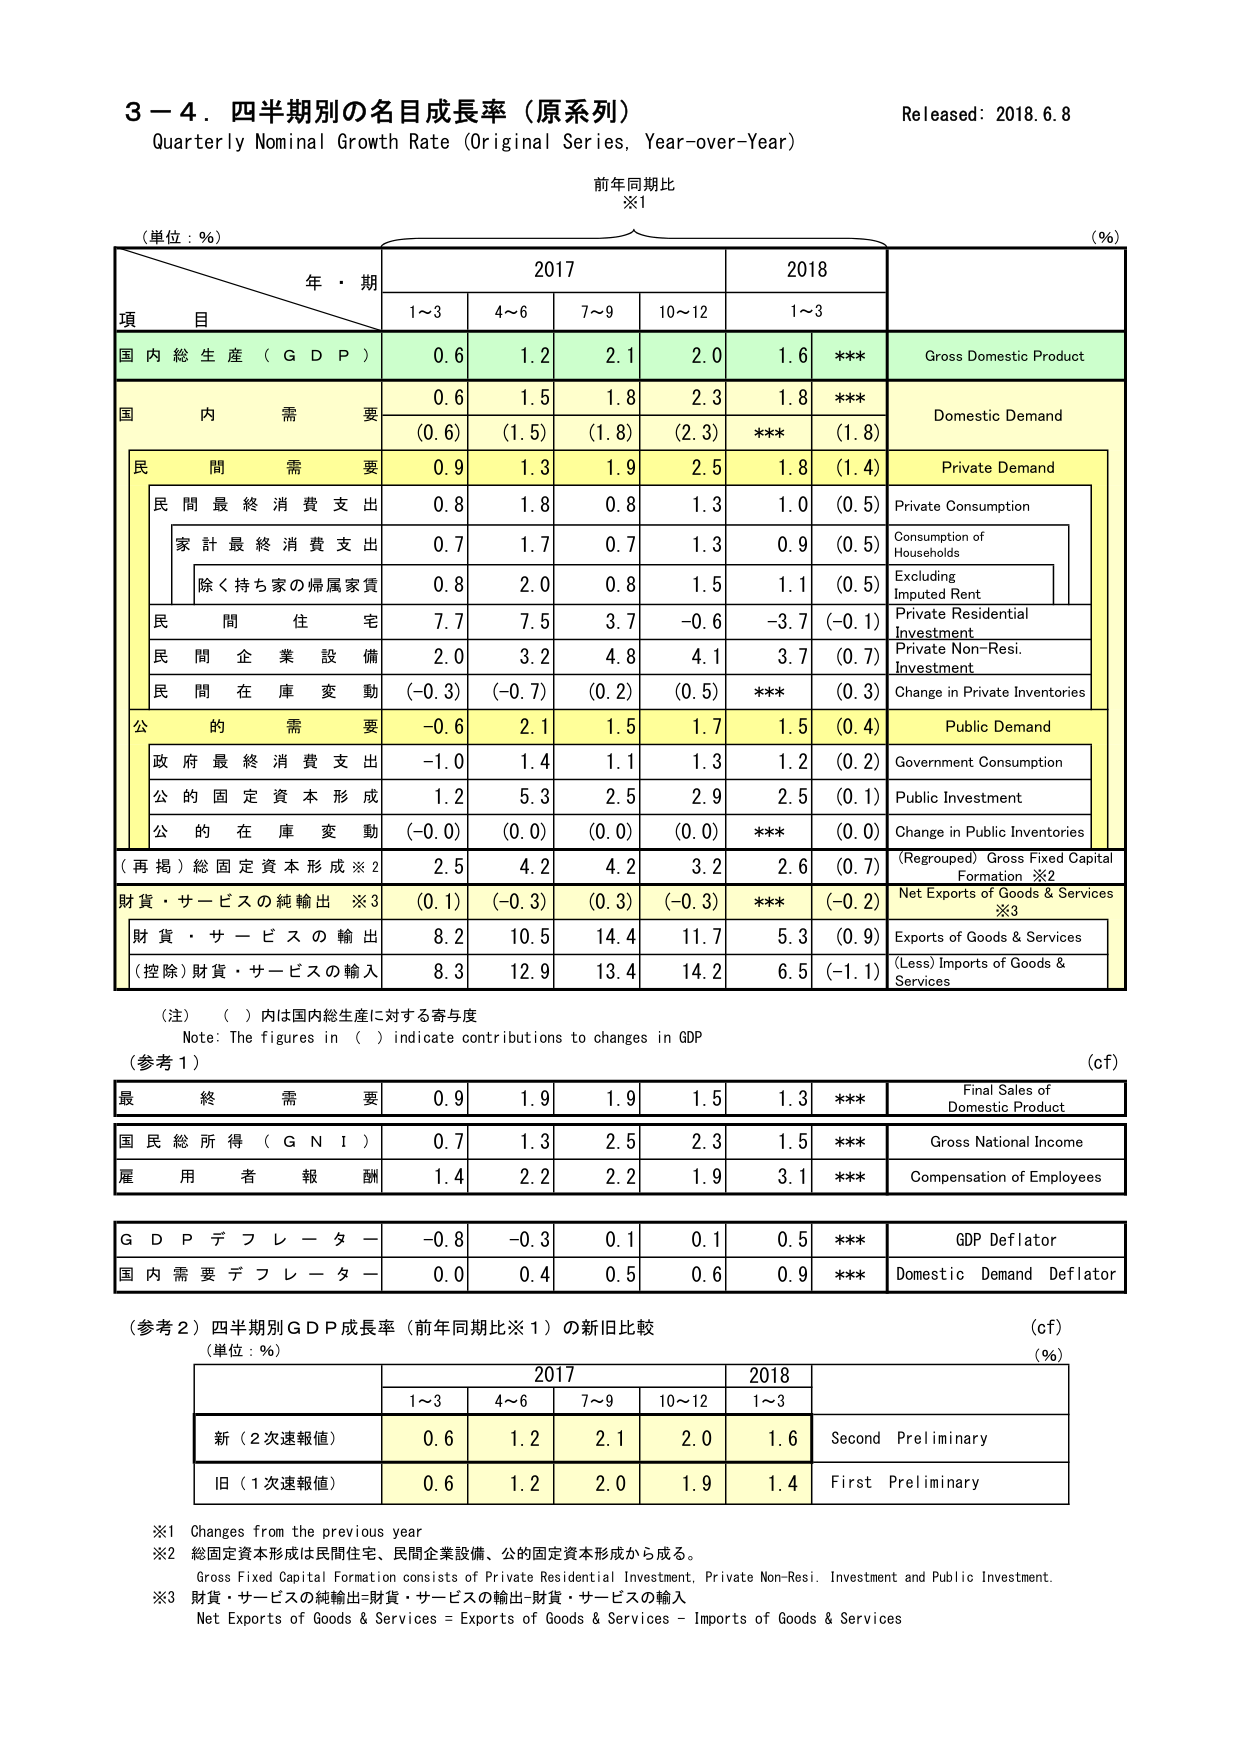
3－4．四半期別の名目成長率（原系列）
Quarterly Nominal Growth Rate (Original Series, Year-over-Year)
Released: 2018.6.8

前年同期比
※1

（単位：％）
（％）

年・期
2017
2018

項 目
1～3
4～6
7～9
10～12
1～3

国内総生産（GDP）
0.6
1.2
2.1
2.0
1.6
***
Gross Domestic Product

国内需要
0.6
1.5
1.8
2.3
1.8
***
Domestic Demand
(0.6)
(1.5)
(1.8)
(2.3)
***
(1.8)

民間需要
0.9
1.3
1.9
2.5
1.8
(1.4)
Private Demand

民間最終消費支出
0.8
1.8
0.8
1.3
1.0
(0.5)
Private Consumption

家計最終消費支出
0.7
1.7
0.7
1.3
0.9
(0.5)
Consumption of Households

除く持ち家の帰属家賃
0.8
2.0
0.8
1.5
1.1
(0.5)
Excluding Imputed Rent

民間住宅
7.7
7.5
3.7
-0.6
-3.7
(-0.1)
Private Residential Investment

民間企業設備
2.0
3.2
4.8
4.1
3.7
(0.7)
Private Non-Resi. Investment

民間在庫変動
(-0.3)
(-0.7)
(0.2)
(0.5)
***
(0.3)
Change in Private Inventories

公的需要
-0.6
2.1
1.5
1.7
1.5
(0.4)
Public Demand

政府最終消費支出
-1.0
1.4
1.1
1.3
1.2
(0.2)
Government Consumption

公的固定資本形成
1.2
5.3
2.5
2.9
2.5
(0.1)
Public Investment

公的在庫変動
(-0.0)
(0.0)
(0.0)
(0.0)
***
(0.0)
Change in Public Inventories

（再掲）総固定資本形成※2
2.5
4.2
4.2
3.2
2.6
(0.7)
(Regrouped) Gross Fixed Capital Formation ※2

財貨・サービスの純輸出※3
(0.1)
(-0.3)
(0.3)
(-0.3)
***
(-0.2)
Net Exports of Goods & Services ※3

財貨・サービスの輸出
8.2
10.5
14.4
11.7
5.3
(0.9)
Exports of Goods & Services

（控除）財貨・サービスの輸入
8.3
12.9
13.4
14.2
6.5
(-1.1)
(Less) Imports of Goods & Services

（注）（ ）内は国内総生産に対する寄与度
Note: The figures in ( ) indicate contributions to changes in GDP

（参考1）
(cf)

最終需要
0.9
1.9
1.9
1.5
1.3
***
Final Sales of Domestic Product

国民総所得（GNI）
0.7
1.3
2.5
2.3
1.5
***
Gross National Income

雇用者報酬
1.4
2.2
2.2
1.9
3.1
***
Compensation of Employees

GDPデフレーター
-0.8
-0.3
0.1
0.1
0.5
***
GDP Deflator

国内需要デフレーター
0.0
0.4
0.5
0.6
0.9
***
Domestic Demand Deflator

（参考2）四半期別GDP成長率（前年同期比※1）の新旧比較
(cf)
（単位：％）
（％）

2017
2018

1～3
4～6
7～9
10～12
1～3

新（2次速報値）
0.6
1.2
2.1
2.0
1.6
Second Preliminary

旧（1次速報値）
0.6
1.2
2.0
1.9
1.4
First Preliminary

※1 Changes from the previous year
※2 総固定資本形成は民間住宅、民間企業設備、公的固定資本形成から成る。
Gross Fixed Capital Formation consists of Private Residential Investment, Private Non-Resi. Investment and Public Investment.
※3 財貨・サービスの純輸出＝財貨・サービスの輸出－財貨・サービスの輸入
Net Exports of Goods & Services = Exports of Goods & Services – Imports of Goods & Services